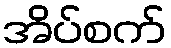
အိပ်စက်